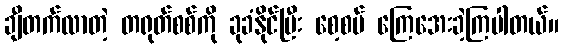
ချီတက်လာတဲ့ တရုတ်စစ်ကို ခုခံနိုင်ပြီး စေ့စပ် ကြေအေးခဲ့ကြပါတယ်။